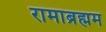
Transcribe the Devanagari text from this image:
रामाब्रह्मम